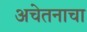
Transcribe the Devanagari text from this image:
अचेतनाचा